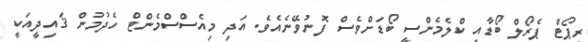
ރިޕޯޓް ޕެރޯލް ބޯޑާއި ކްލެމެންސީ ބޯޑަށްވެސް ފޮނުވޭނެއެވެ. އަދި މިއެސްސްމެންޓް ހެދުމުން ޤައިދީއަކީ